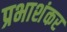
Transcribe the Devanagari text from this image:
प्रभाशंकर